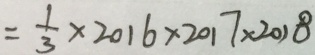
= \frac { 1 } { 3 } \times 2 0 1 6 \times 2 0 1 7 \times 2 0 1 8